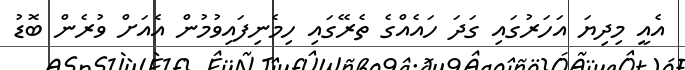
އެއީ މިދިޔަ އަހަރުގައި ގަދަ ހައެއްގެ ތެރޭގައި ހިމެނިފައިވުމުން އެއަށް ވުރެން ބޮޑު